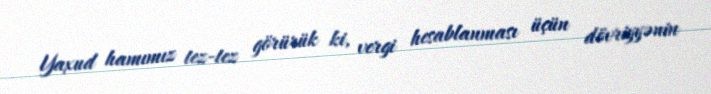
Yaxud hamımız tez-tez görürük ki, vergi hesablanması üçün dövriyyənin